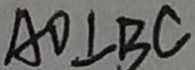
A D \bot B C